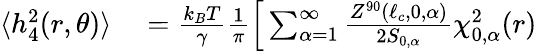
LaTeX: \begin{array}{rl}{\langle h_{4}^{2}(r,\theta)\rangle}&{{}=\frac{k_{B}T}{\gamma}\frac{1}{\pi}\Big[\sum_{\alpha=1}^{\infty}\frac{Z^{90}(\ell_{c},0,\alpha)}{2S_{0,\alpha}}\chi_{0,\alpha}^{2}(r)}\end{array}